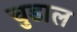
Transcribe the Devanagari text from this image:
चुडाल